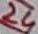
Text: 24